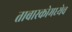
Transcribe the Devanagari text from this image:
ताबास्कोमध्येच